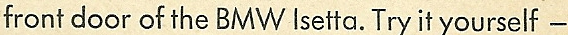
front door of the BMW lsetta. Try it yourself -